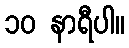
၁၀ နာရီပါ။